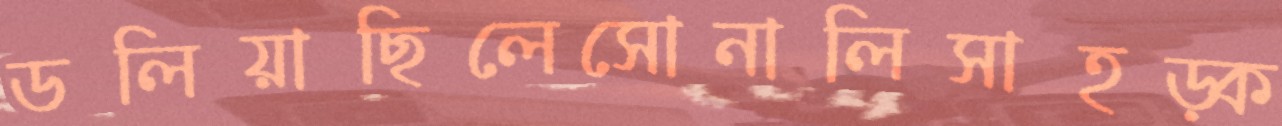
ডলিয়াছিলেসোনালিসাহড়্‌ক